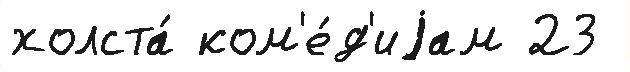
холста́ ком'е́д'иjам 23